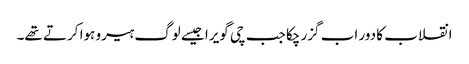
انقلاب کا دور اب گزر چکا جب چی گویرا جیسے لوگ ہیرو ہوا کرتے تھے۔